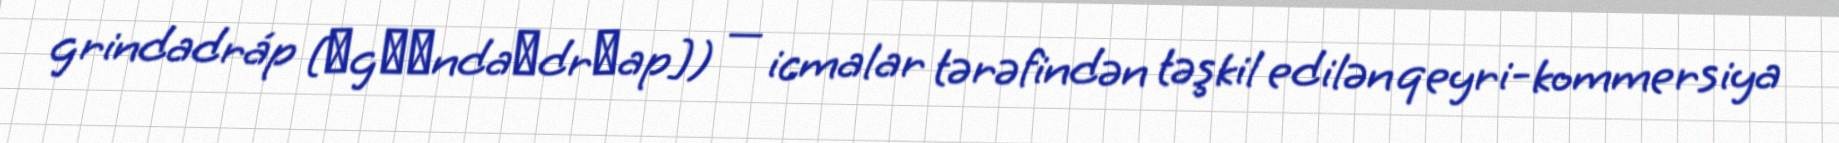
grindadráp [ˈgɹɪndaˌdrɔap]) — icmalar tərəfindən təşkil edilən qeyri-kommersiya